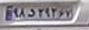
۹۸د۲۹۲۶۷